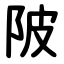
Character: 陂